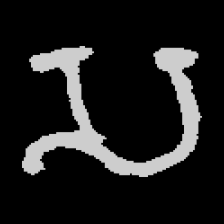
Pyu character \u2014 Myanmar letter: သ (romanized: sa)